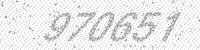
Solution: 970651